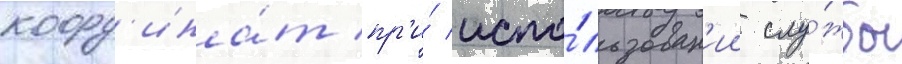
коорд'ина́т пр'и́ испо́льзован'ии слу́жбы